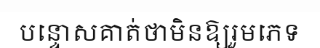
បន្ទោសគាត់ថាមិនឱ្យរួមភេទ